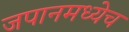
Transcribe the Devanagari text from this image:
जपानमध्येच